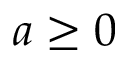
a \geq 0